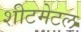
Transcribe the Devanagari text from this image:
शीटमेटल